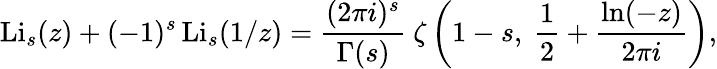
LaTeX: \operatorname{Li}_{s}(z)+(-1)^{s}\operatorname{Li}_{s}(1/z)={\frac{(2\pi i)^{s}}{\Gamma(s)}}~\zeta\left(1-s,~{\frac{1}{2}}+{\frac{\ln(-z)}{2\pi i}}\right),